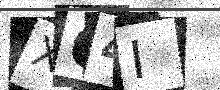
Text: XQ4I